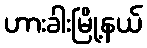
ဟားခါးမြို့နယ်